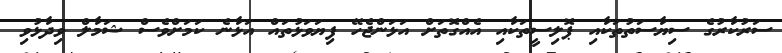
ސަރުކާރުގެ ސިޔާސަތުތަކާއި ޕޮލިސީތަކާއި އެއްގޮތަށް އަޅަންޖެހޭ ފިޔަވަޅުތައް އަޅާނެ ކަމަށްވެސް ޝަމާލް ވިދާޅުވި